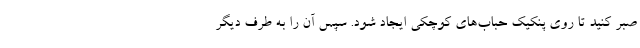
صبر کنید تا روی پنکیک حباب‌های کوچکی ایجاد شود. سپس آن را به طرف دیگر